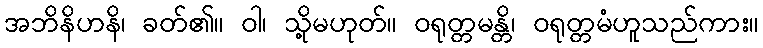
အဘိနိဟနိ၊ ခတ်၏။ ဝါ၊ သို့မဟုတ်။ ဝရုတ္တမန္တိ၊ ဝရုတ္တမံဟူသည်ကား။